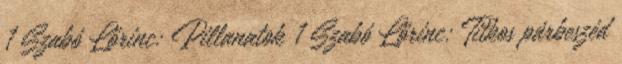
1 Szabó Lőrinc: Pillanatok 1 Szabó Lőrinc: Titkos párbeszéd